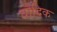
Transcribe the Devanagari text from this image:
वौदिक